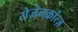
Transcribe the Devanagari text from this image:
रोज़ेनक्रांत्ज़